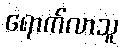
ရောက်လာသူ